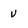
Character: v